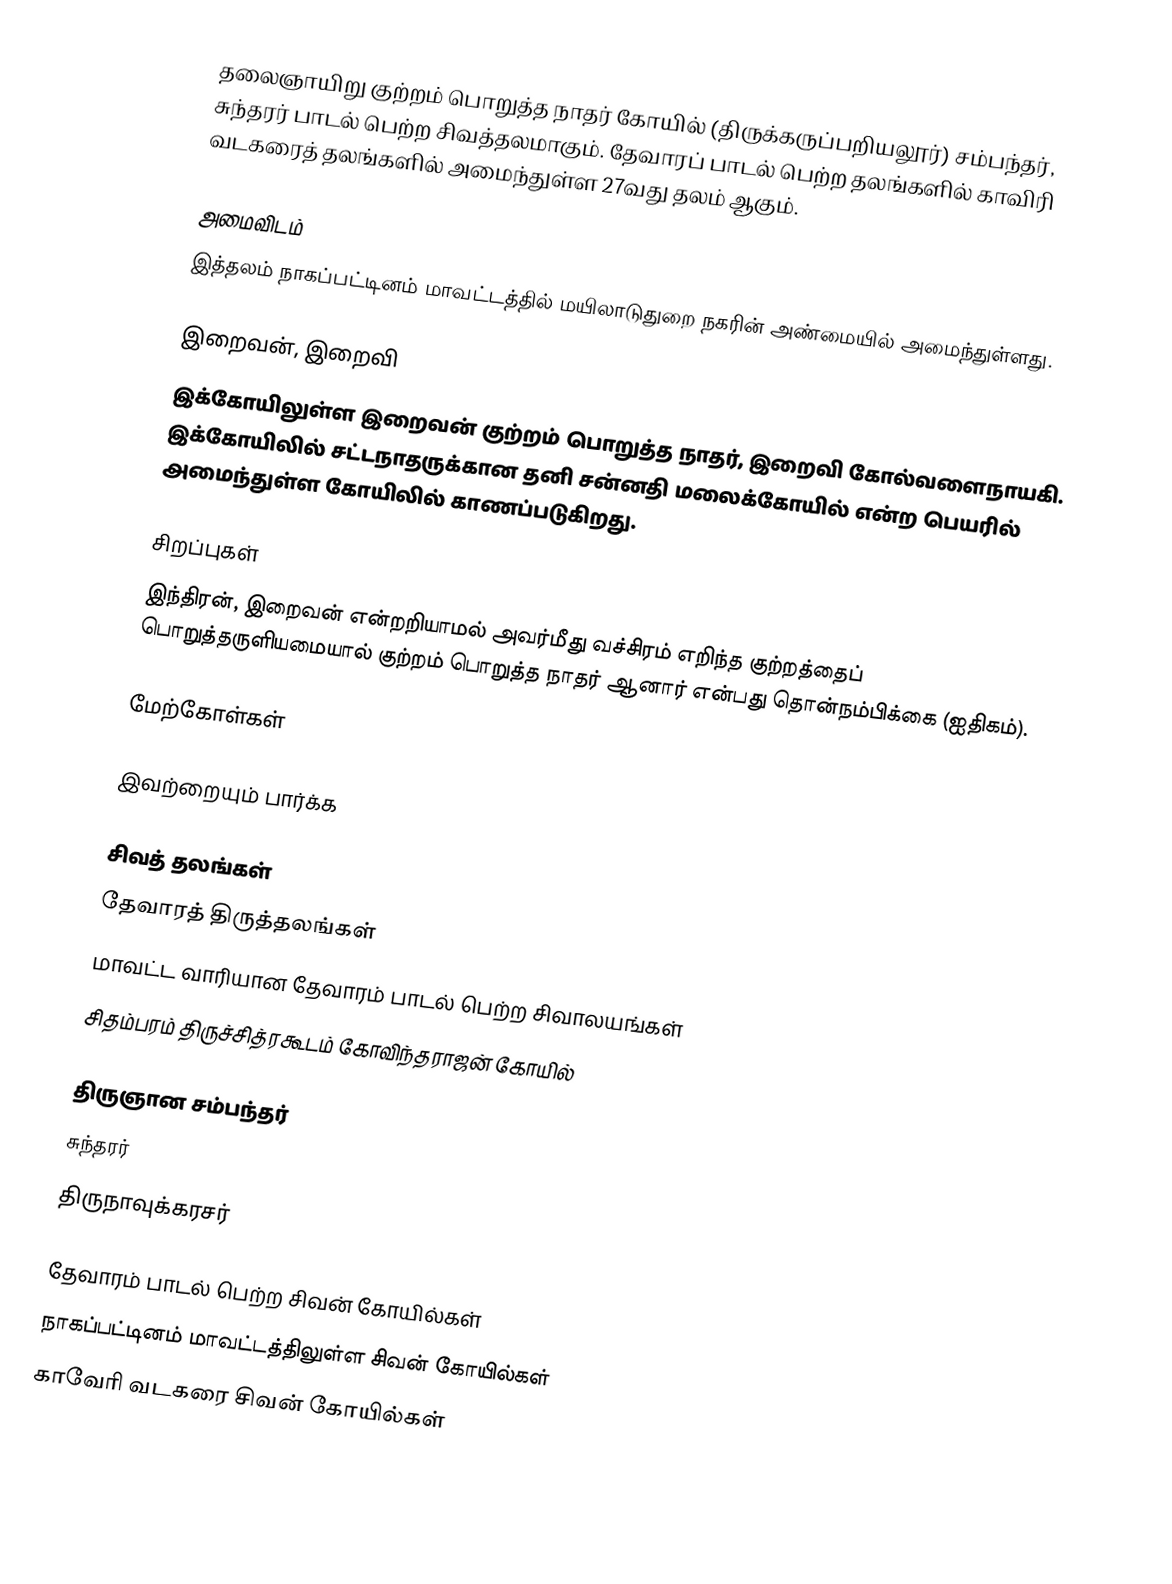
தலைஞாயிறு குற்றம் பொறுத்த நாதர் கோயில் (திருக்கருப்பறியலூர்) சம்பந்தர், சுந்தரர் பாடல் பெற்ற சிவத்தலமாகும். தேவாரப் பாடல் பெற்ற தலங்களில் காவிரி வடகரைத் தலங்களில் அமைந்துள்ள 27வது தலம் ஆகும்.

அமைவிடம்
இத்தலம் நாகப்பட்டினம் மாவட்டத்தில் மயிலாடுதுறை நகரின் அண்மையில் அமைந்துள்ளது.

இறைவன், இறைவி
இக்கோயிலுள்ள இறைவன் குற்றம் பொறுத்த நாதர், இறைவி கோல்வளைநாயகி. இக்கோயிலில் சட்டநாதருக்கான தனி சன்னதி மலைக்கோயில் என்ற பெயரில் அமைந்துள்ள கோயிலில் காணப்படுகிறது.

சிறப்புகள்
இந்திரன், இறைவன் என்றறியாமல் அவர்மீது வச்சிரம் எறிந்த குற்றத்தைப் பொறுத்தருளியமையால் குற்றம் பொறுத்த நாதர் ஆனார் என்பது தொன்நம்பிக்கை (ஐதிகம்).

மேற்கோள்கள்

இவற்றையும் பார்க்க

 சிவத் தலங்கள்
 தேவாரத் திருத்தலங்கள்
 மாவட்ட வாரியான தேவாரம் பாடல் பெற்ற சிவாலயங்கள்
 சிதம்பரம் திருச்சித்ரகூடம் கோவிந்தராஜன் கோயில்

 திருஞான சம்பந்தர்
 சுந்தரர்
 திருநாவுக்கரசர்

தேவாரம் பாடல் பெற்ற சிவன் கோயில்கள்
நாகப்பட்டினம் மாவட்டத்திலுள்ள சிவன் கோயில்கள்
காவேரி வடகரை சிவன் கோயில்கள்